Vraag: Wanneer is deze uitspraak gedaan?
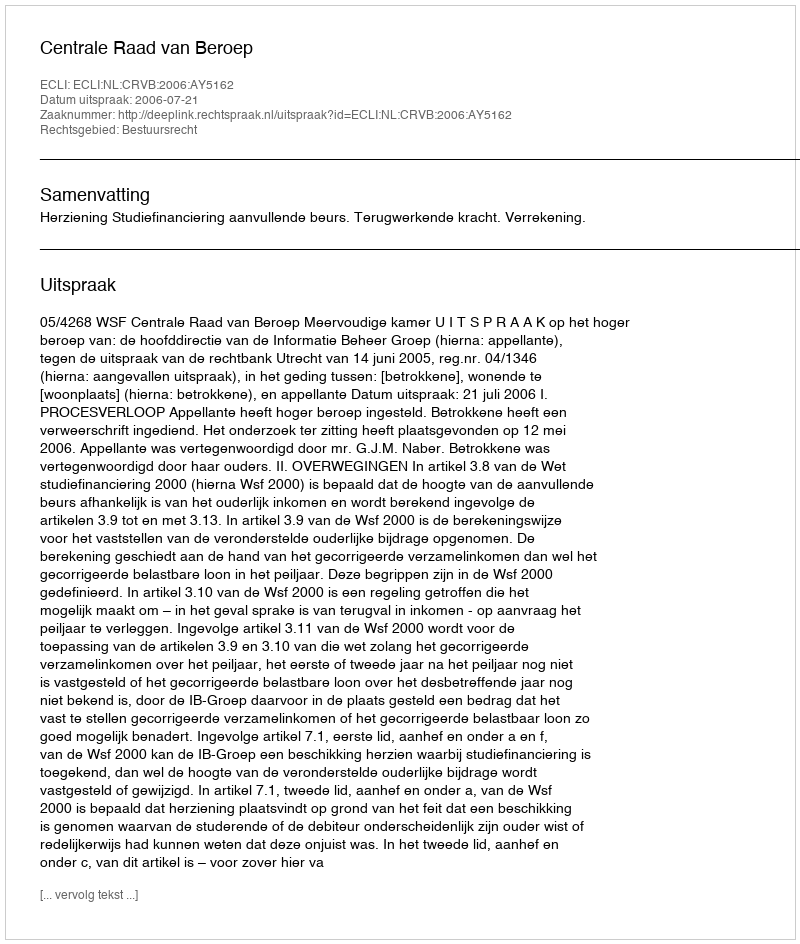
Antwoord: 2006-07-21